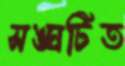
সঙ্ঘটিত